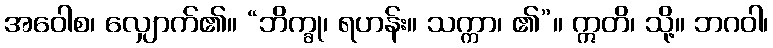
အဝေါစ၊ လျှောက်၏။ “ဘိက္ခု၊ ရဟန်း။ သက္ကာ၊ ၏”။ ဣတိ၊ သို့။ ဘဂဝါ၊